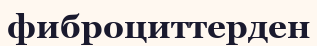
фиброциттерден